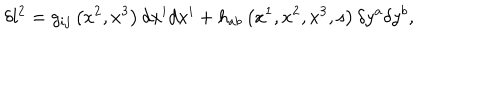
\delta l ^ { 2 } = g _ { i j } \left( x ^ { 2 } , x ^ { 3 } \right) d x ^ { i } d x ^ { i } + h _ { a b } \left( x ^ { 1 } , x ^ { 2 } , x ^ { 3 } , s \right) \delta y ^ { a } \delta y ^ { b } ,